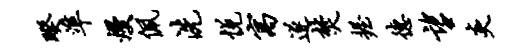
暌准熳佩洗悦寓遂焚握德望炎